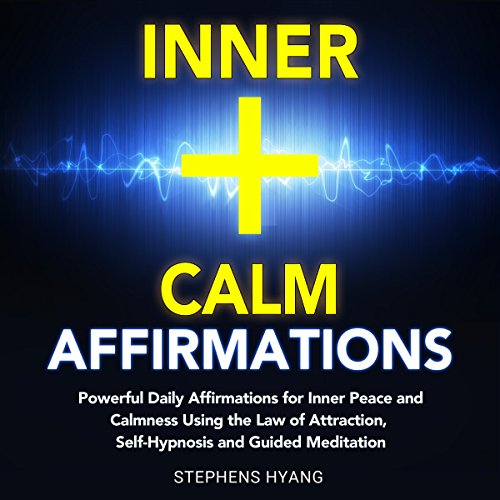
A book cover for Inner Calm Affirmations: Powerful Daily Affirmations for Inner Peace and Calmness Using the Law of Attraction, Self-Hypnosis and Guided Meditation; Stephens Hyang; Self-Help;